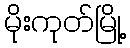
မိုးကုတ်မြို့